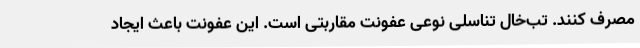
مصرف کنند. تب‌خال تناسلی نوعی عفونت مقاربتی است. این عفونت باعث ایجاد